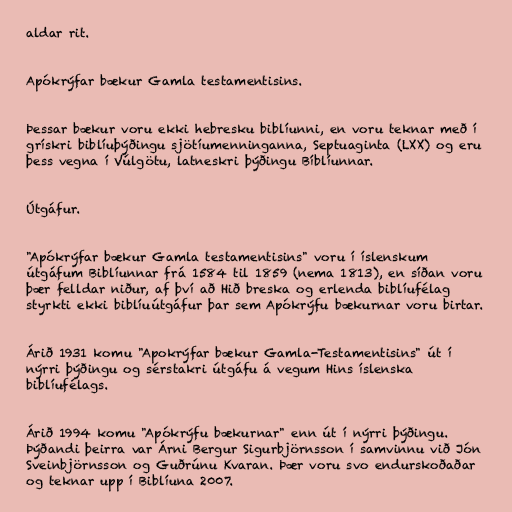
aldar rit.

Apókrýfar bækur Gamla testamentisins.

Þessar bækur voru ekki hebresku biblíunni, en voru teknar með í
grískri biblíuþýðingu sjötíumenninganna, Septuaginta (LXX) og eru
þess vegna í Vúlgötu, latneskri þýðingu Bíblíunnar.

Útgáfur.

"Apókrýfar bækur Gamla testamentisins" voru í íslenskum
útgáfum Biblíunnar frá 1584 til 1859 (nema 1813), en síðan voru
þær felldar niður, af því að Hið breska og erlenda biblíufélag
styrkti ekki biblíuútgáfur þar sem Apókrýfu bækurnar voru birtar.

Árið 1931 komu "Apokrýfar bækur Gamla-Testamentisins" út í
nýrri þýðingu og sérstakri útgáfu á vegum Hins íslenska
biblíufélags.

Árið 1994 komu "Apókrýfu bækurnar" enn út í nýrri þýðingu.
Þýðandi þeirra var Árni Bergur Sigurbjörnsson í samvinnu við Jón
Sveinbjörnsson og Guðrúnu Kvaran. Þær voru svo endurskoðaðar
og teknar upp í Biblíuna 2007.